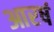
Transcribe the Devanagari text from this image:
आरषं